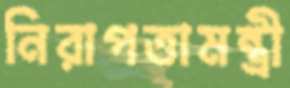
নিরাপত্তামন্ত্রী